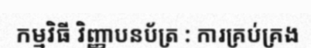
កម្មវិធី វិញ្ញាបនប័ត្រ : ការគ្រប់គ្រង